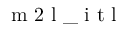
\mathrm { ~ m ~ 2 ~ l ~ \_ ~ i ~ t ~ l ~ }